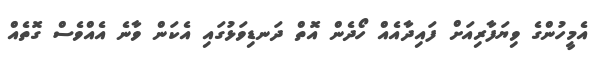
އެމީހުންގެ ވިޔަފާރިއަށް ފައިދާއެއް ހޯދެން އޮތް ދަނޑިވަޅުގައި އެކަން ވާނެ އެއްވެސް ގޮތެއް